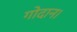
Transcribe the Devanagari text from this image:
गोदान।